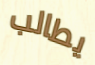
يطالب